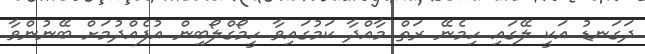
ދަގަނޑު އަކީ ލޭގައި ހިމެނޭ ރަތް މާއްދާ ކަމުގައިވާ ހީމޯގްލޯބިން އުފެއްދުމަށް ބޭނުންވާ